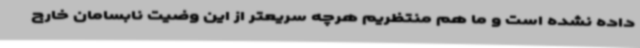
داده نشده است و ما هم منتظریم هرچه سریعتر از این وضیت نابسامان خارج